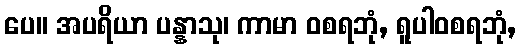
ပေ။ အပရိယာ ပန္နာသု၊ ကာမာ ဝစရဘုံ, ရူပါဝစရဘုံ,